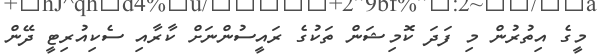
މީގެ އިތުރުން މި ފަދަ ކޮމިޝަން ތަކުގެ ރައީސުންނަށް ކާރާއި ސެކިއުރިޓީ ދޭން